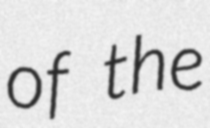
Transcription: of the